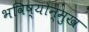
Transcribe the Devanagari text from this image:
भविष्योन्मुख